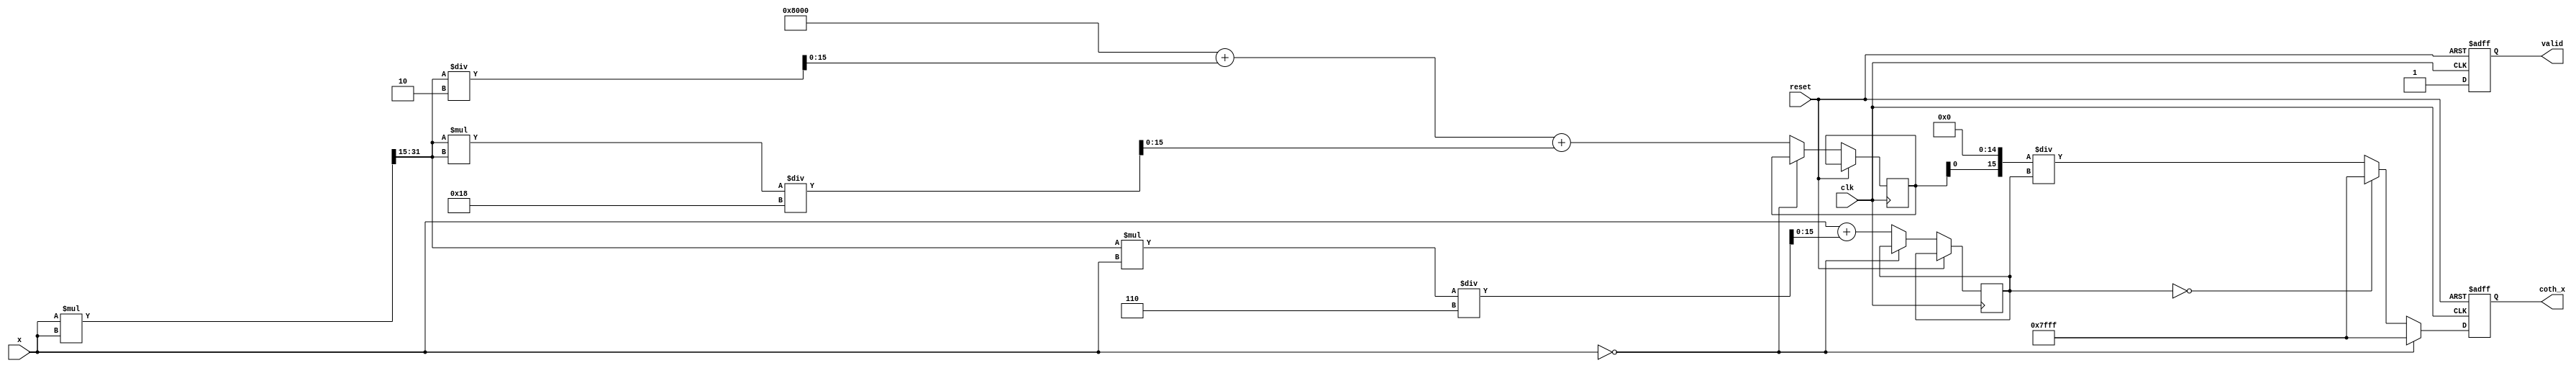
module Hyperbolic_Cotangent (
    input wire clk,
    input wire reset,
    input wire [15:0] x,         // Fixed-point input (16 bits)
    output reg [15:0] coth_x,    // Fixed-point output (16 bits)
    output reg valid              // Output valid signal
);

    // Constants for fixed-point representation (based on Q-format)
    parameter Q = 15; // Number of fractional bits
    parameter MAX_VALUE = 16'h7FFF; // Max value for Q15
    parameter MIN_VALUE = 16'h8000; // Min value for Q15

    // Internal registers
    reg [15:0] sinh_x;
    reg [15:0] cosh_x;
    reg [15:0] temp_coth;

    // Function to compute sinh(x) using Taylor series
    function [15:0] sinh;
        input [15:0] x;
        reg [31:0] x_squared;
        begin
            x_squared = (x * x) >> Q;  // Fixed-point multiplication
            sinh = x + (x_squared * x) / 6; // Simple Taylor expansion for sinh
        end
    endfunction

    // Function to compute cosh(x) using Taylor series
    function [15:0] cosh;
        input [15:0] x;
        reg [31:0] x_squared;
        begin
            x_squared = (x * x) >> Q;  // Fixed-point multiplication
            cosh = (1 << Q) + (x_squared / 2) + (x_squared * x_squared / 24); // Simple Taylor expansion for cosh
        end
    endfunction

    // Main computation block
    always @(posedge clk or posedge reset) begin
        if (reset) begin
            coth_x <= 16'b0;
            valid <= 1'b0;
        end else begin
            // Handle x = 0 case
            if (x == 16'b0) begin
                coth_x <= MAX_VALUE; // Return maximum value for undefined
                valid <= 1'b1;
            end else begin
                // Calculate sinh and cosh
                sinh_x <= sinh(x);
                cosh_x <= cosh(x);
                // Handle overflow and underflow
                if (sinh_x == 16'b0) begin
                    // sinh(x) = 0 case (undefined)
                    coth_x <= MAX_VALUE; // Return max for undefined
                end else begin
                    // Calculate coth(x) = cosh(x) / sinh(x)
                    temp_coth = (cosh_x << Q) / sinh_x; // Fixed-point division
                    coth_x <= temp_coth;
                end
                valid <= 1'b1; // Indicate output is valid
            end
        end
    end

endmodule